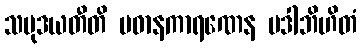
သမုဒယတီတိ ပဓာနကာရဏေန ပဒါဘိဟိတံ